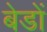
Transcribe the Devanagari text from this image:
बेडों